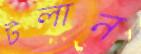
টলান